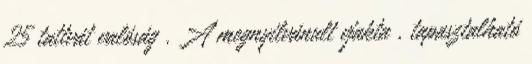
25 tattvát valóság . A megnyilvánult vjakta , tapasztalható